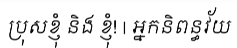
ប្រុសខ្ញុំ និង ខ្ញុំ! | អ្នកនិពន្ធវ័យ